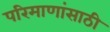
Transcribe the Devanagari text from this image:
परिमाणांसाठी